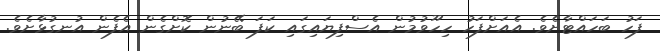
ފަހު ބަހައްޓާށެވެ. އެއަށްފަހު ހިހޫވުމުން އެސްފިޔައިގައި ކަފަ ބޭނުން ކޮށްގެން އެފެން އުނގުޅާށެވެ.